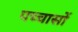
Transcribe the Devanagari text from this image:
पच्चासों